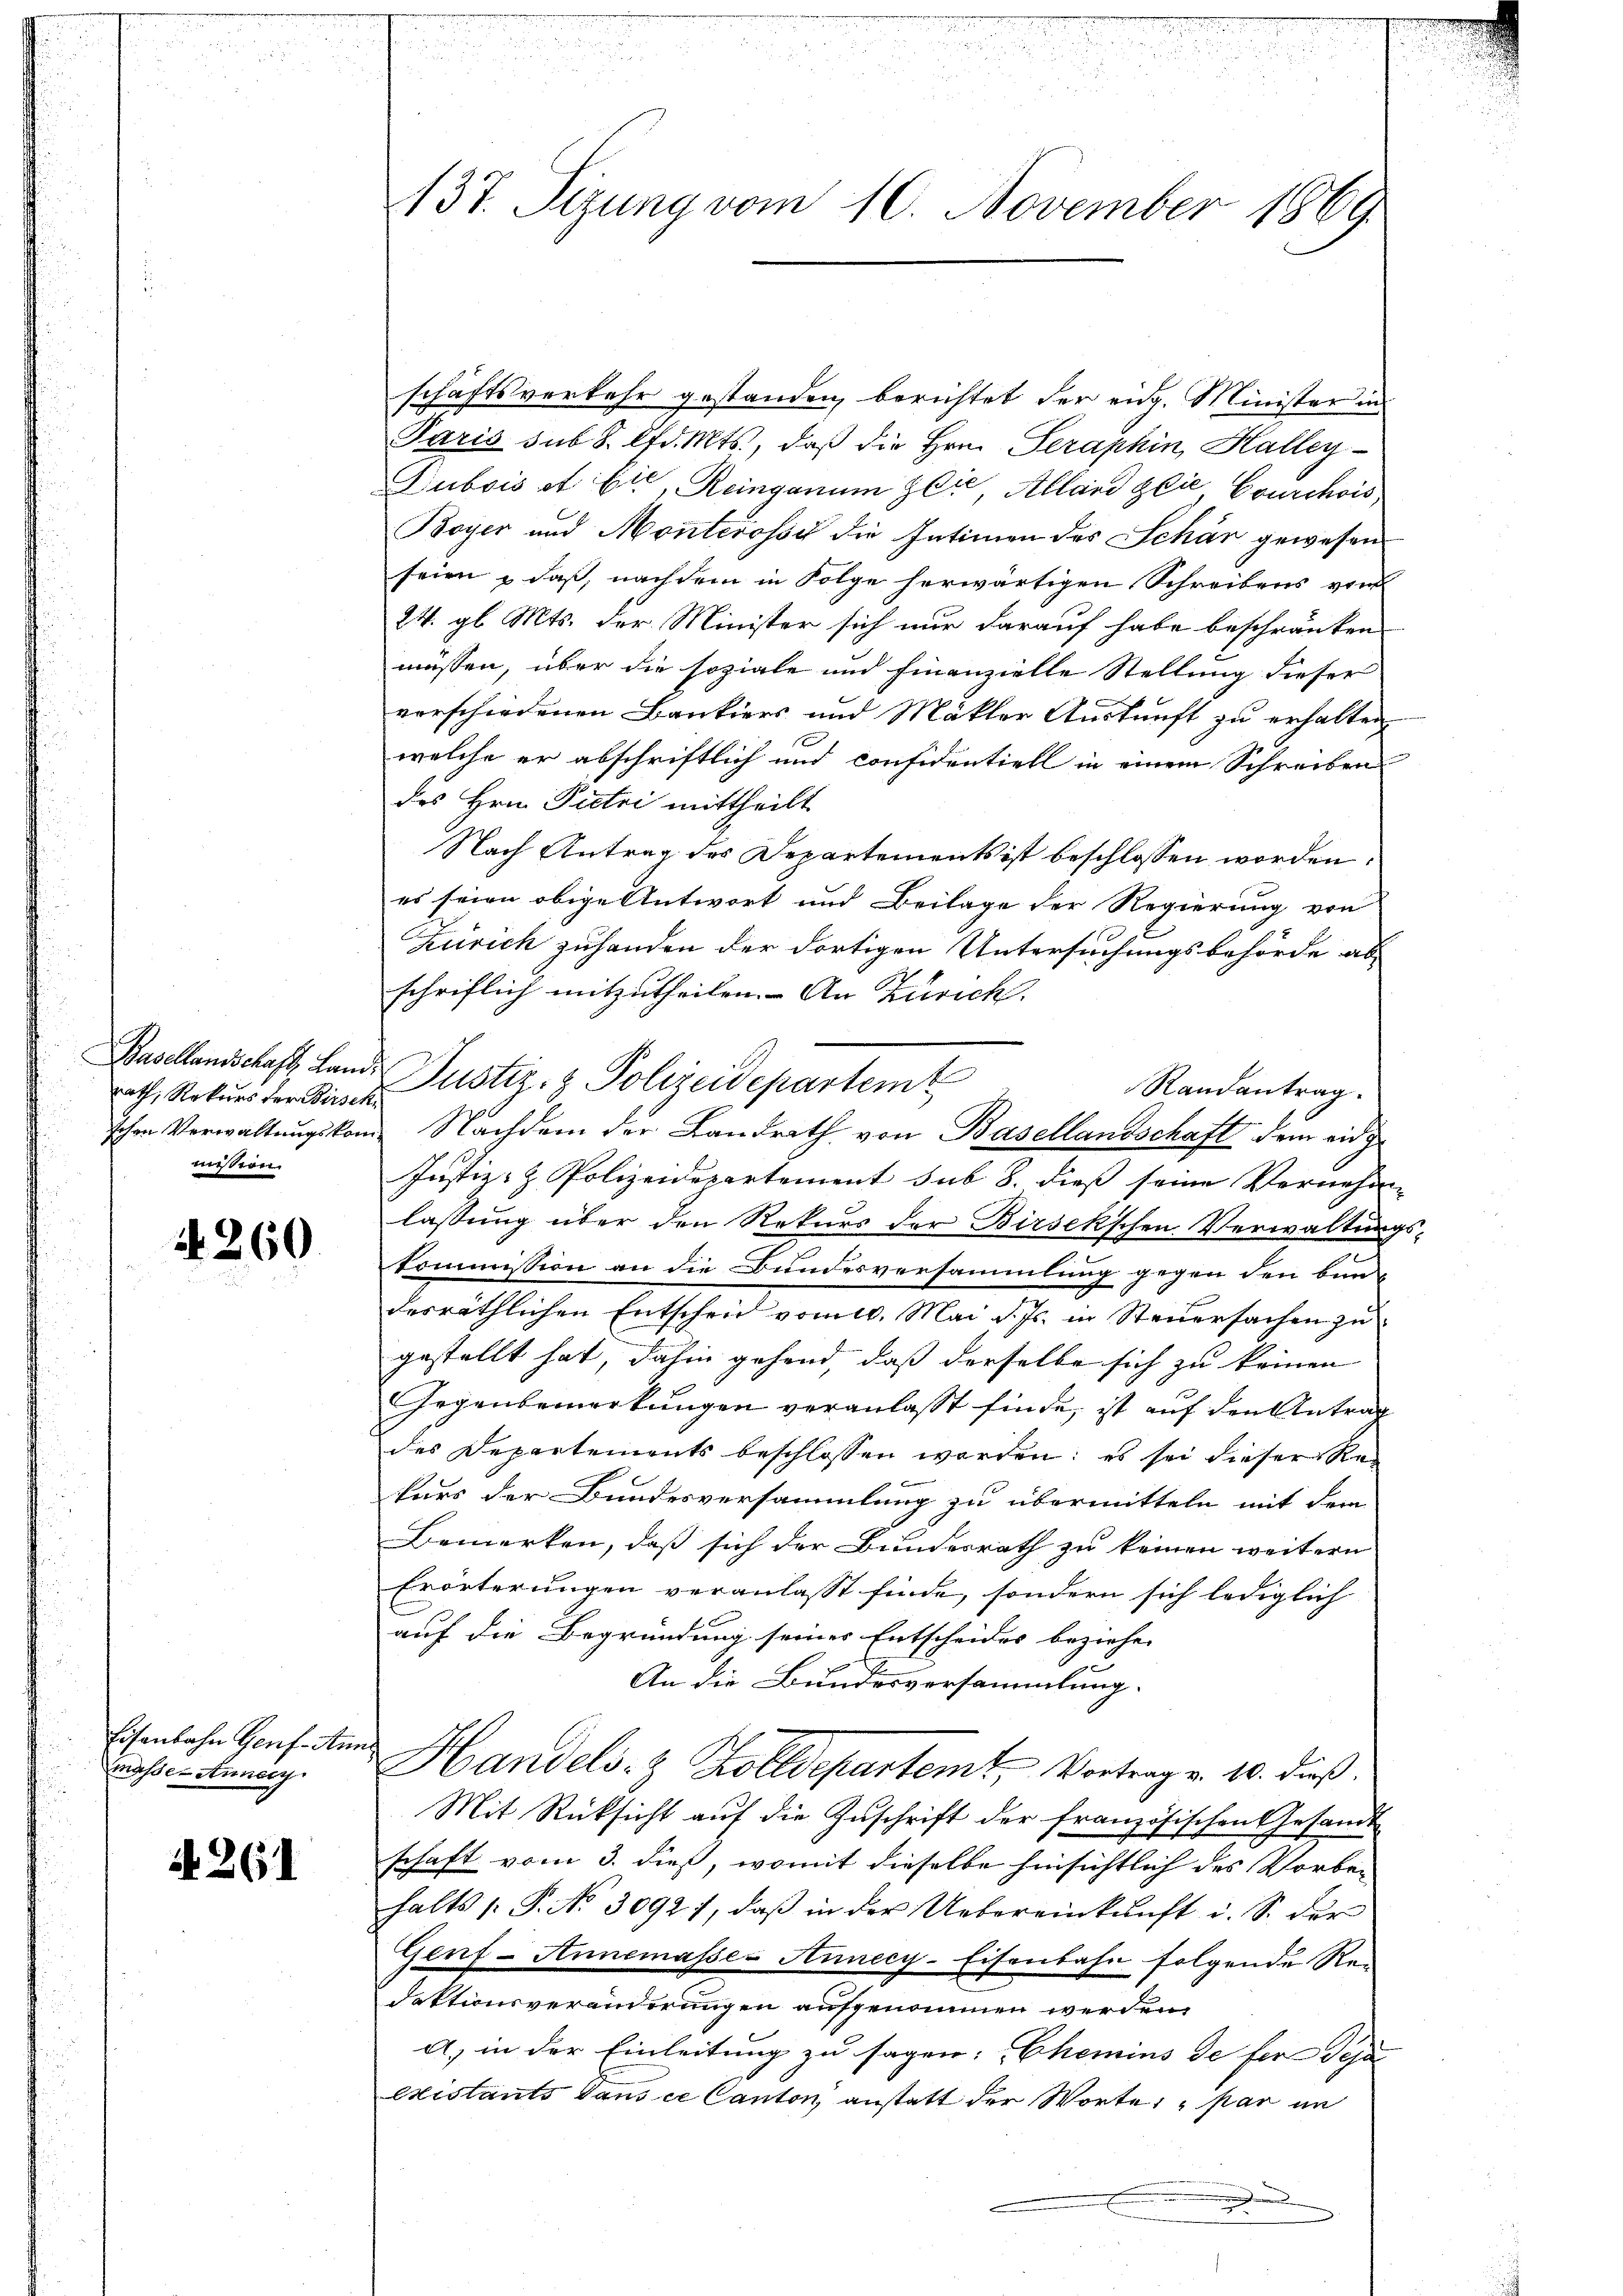
Basellandschaft, Land,
rath, Rekurs der Birsch
schen Verwaltungskommission.

N 260.

Eisenbahn Genf. Ann
masse Annecy

A. 261

137. Sizung vom 10. November 1869

schäftsverkehr gestanden, berichtet der eidg. Minister in
Paris sub S. lfd. Mts., daß die Hrn. Seraphin, Halley
Dubois et sie, Reinganum sei, Alland glie, Couchois,
Boyer und Monterossi die Intimen des Schär gewesen
seien & daß, nachdem in Folge herwärtigen Schreibens von
24. gl. Mts. der Minister sich nur darauf habe beschränken
massen, über die soziale und finanzielle Stellung dieser
verschiedenen Bankiers und Mäkler Auskunft zu erhalten,
welche er abschriftlich und confidentiell in einem Schreiben
des Hrn. Pietri mittheilt
Nach Antrag des Departements ist beschlossen worden:
es seien obige Antwort und Beilage der Regierung von
Zürich zuhanden der dortigen Untersuchungsbehörde ab-
schriflich mitzutheilen. An Zürich.
Randantrag.
Nachdem der Landrath von Basellandschaft dem eidge
Justiz- & Polizeidepartement sub 8. dieß seine Vernehme
lassung über den Rekurs der Birsek’schen Verwaltungskommission an die Bundesversammlung gegen den bun-
desräthlichen Entscheid vom 10. Mai d. Js. in Steuersachen zu
gestellt hat, dahin gehend, daß derselbe sich zu keinen
Gegenbemerkungen veranlaßt finde, ist auf den Antrag
des Departements beschlossen worden; es sei dieser Rekurs der Bundesversammlung zu übermitteln mit dem
Bemerken, daß sich der Bundesrath zu keinen weitern
Erörterungen veranlasst finde, sondern sich lediglich
auf die Begründung seiner Entscheides beziehen
An die Bundesversammlung.
Handels- & Zolldepartemt, Vortrag v. 10. dieß.
Mit Rücksicht auf die Zuschrift der französischen Gesandt-
schaft vom 3. dieß, womit dieselbe hinsichtlich des Vorbe-
halts /: P. No. 30927, daβ in der Uebereinkunft i. S. der
Genf-Annemasse-Aunecy-Eisenbahn folgende Re-
daktionsveränderungen aufgenommen werden,
a) in der Einleitung zu sagen: Chemins de für Scha
Existants dans ce Canton, anstatt der Worte, par in
d

Justiz- & Polizeidepartemt